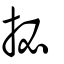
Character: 㧙